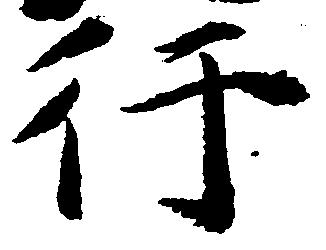
行